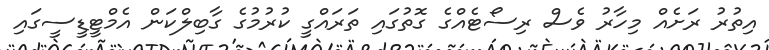
އިތުރު ރަށެއް މިހާރު ވެސް ރިސޯޓެއްގެ ގޮތުގައި ތަރައްގީ ކުރުމުގެ ގާބިލްކަން އެމްޓީޑީސީގައި